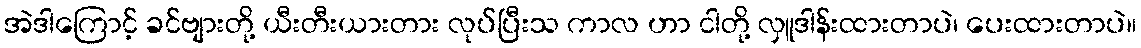
အဲဒါကြောင့် ခင်ဗျားတို့ ယီးတီးယားတား လုပ်ပြီးသ ကာလ ဟာ ငါတို့ လှူဒါန်းထားတာပဲ၊ ပေးထားတာပဲ။